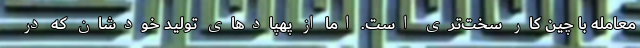
معامله با چین کار سخت‌تری است. اما از پهپادهای تولید خودشان که در